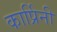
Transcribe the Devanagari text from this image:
कार्प्रिनी